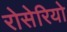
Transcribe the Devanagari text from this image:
रोसेरियो